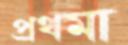
প্রথমা